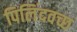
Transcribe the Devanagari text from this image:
पिलिंदवच्छ